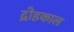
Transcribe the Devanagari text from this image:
द्रोहकाल